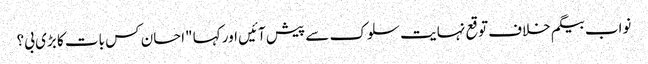
نواب بیگم خلاف توقع نہایت سلوک سے پیش آئیں اور کہا "احسان کس بات کا بڑی بی؟